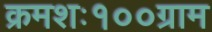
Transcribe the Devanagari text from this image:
क्रमशः१००ग्राम